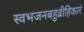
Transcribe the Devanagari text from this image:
स्वभजनबहुव्रीहिकारं